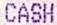
CASH